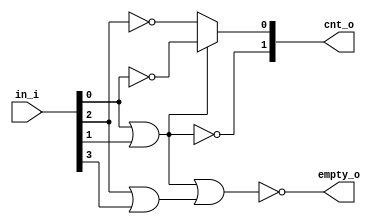
// This program was cloned from: https://github.com/NYU-MLDA/OpenABC
// License: BSD 3-Clause "New" or "Revised" License

module lzc_00000004
(
  in_i,
  cnt_o,
  empty_o
);

  input [3:0] in_i;
  output [1:0] cnt_o;
  output empty_o;
  wire [1:0] cnt_o;
  wire empty_o,N0,index_nodes_2__0_,index_nodes_1__0_,N1;
  wire [2:0] sel_nodes;
  assign cnt_o[1] = ~sel_nodes[1];
  assign cnt_o[0] = (N0)? index_nodes_1__0_ : 
                    (N1)? index_nodes_2__0_ : 1'b0;
  assign N0 = sel_nodes[1];
  assign index_nodes_1__0_ = ~in_i[0];
  assign index_nodes_2__0_ = ~in_i[2];
  assign sel_nodes[0] = sel_nodes[1] | sel_nodes[2];
  assign N1 = ~sel_nodes[1];
  assign sel_nodes[1] = in_i[0] | in_i[1];
  assign sel_nodes[2] = in_i[2] | in_i[3];
  assign empty_o = ~sel_nodes[0];

endmodule